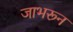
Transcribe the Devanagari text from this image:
जाभरून